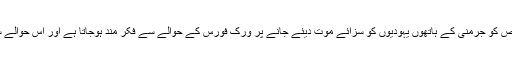
آسکر شنڈلر نامی شخص کو جرمنی کے ہاتھوں یہودیوں کو سزائے موت دیئے جانے پر ورک فورس کے حوالے سے فکر مند ہوجاتا ہے اور اس حوالے سے اقدامات کرتا ہے۔